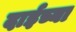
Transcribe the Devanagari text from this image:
दाईच्या